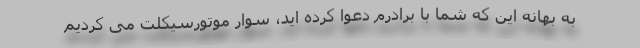
به بهانه این که شما با برادرم دعوا کرده اید، سوار موتورسیکلت می کردیم